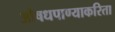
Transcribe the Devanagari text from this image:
औषधपाण्याकरिता